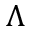
\Lambda